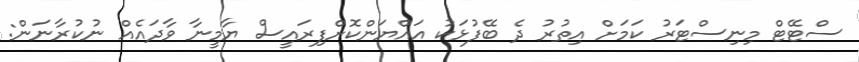
ސްޓޭޓް މިނިސްޓަރު ކަމަށް އިތުރު ދެ ބޭފުޅަކު އައްޔަންކޮށްފިރައީސް ޔާމީނާ ވާދައެއް ނުކުރާނަން: